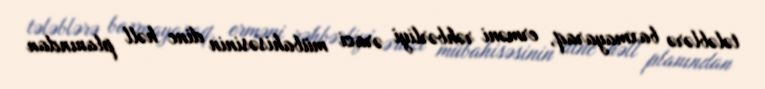
tələblərə baxmayaraq, erməni rəhbərliyi ərazi mübahisəsinin dinc həll planından